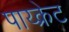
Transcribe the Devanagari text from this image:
पाय्क्रेट